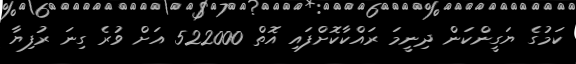
ކަމުގެ ޔަގީންކަން ދިނީމަ ރައްކާކޮށްފައި އޮތް 522000 އަށް ވުރެ ގިނަ ރުފިޔާ